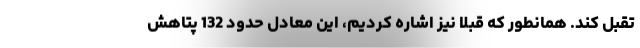
تقبل کند. همانطور که قبلا نیز اشاره کردیم، این معادل حدود 132 پتاهش